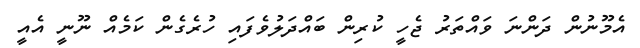
އެމޫނުން ދަންނަ ވައްތަރު ޖެހީ ކުރިން ބައްދަލުވެފައި ހުރެގެން ކަމެއް ނޫނީ އެއީ